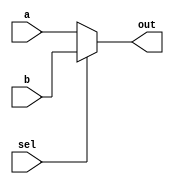
module mux_2_1bit(a, b, sel, out);

    input a, b;
    input sel;
    output out;
    
    assign out = sel ? b : a;

endmodule